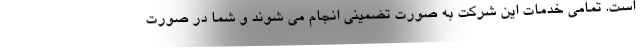
است. تمامی خدمات این شرکت به صورت تضمینی انجام می شوند و شما در صورت